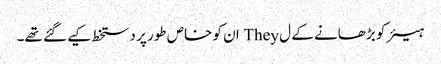
ہیئر کو بڑھانے کے ل They ان کو خاص طور پر دستخط کیے گئے تھے۔